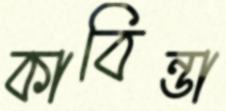
কাবিন্ডা